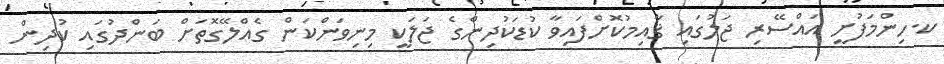
ކ.ހިންމަފުށީ އައްސޭރި ޖަލުގައި ޤާއިމުކޮށްފައިވާ ކުޑަކުދިންގެ ޖަލަކީ މިނިވަންކަން ގެއްލޭގޮތަށް ބަންދުގައި ކުދިން